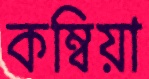
কম্বিয়া